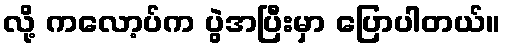
လို့ ကလော့ပ်က ပွဲအပြီးမှာ ပြောပါတယ်။